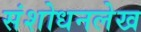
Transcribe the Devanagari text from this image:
संशोधनलेख